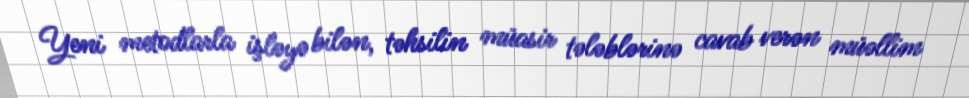
Yeni metodlarla işləyə bilən, təhsilin müasir tələblərinə cavab verən müəllim